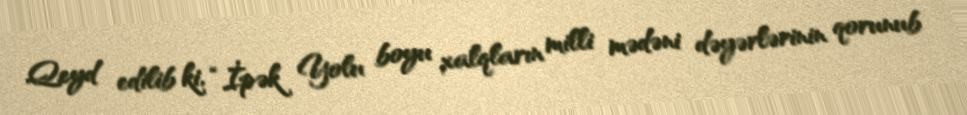
Qeyd edilib ki, “İpək Yolu boyu xalqların milli mədəni dəyərlərinin qorunub